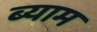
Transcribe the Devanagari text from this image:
ब्याम